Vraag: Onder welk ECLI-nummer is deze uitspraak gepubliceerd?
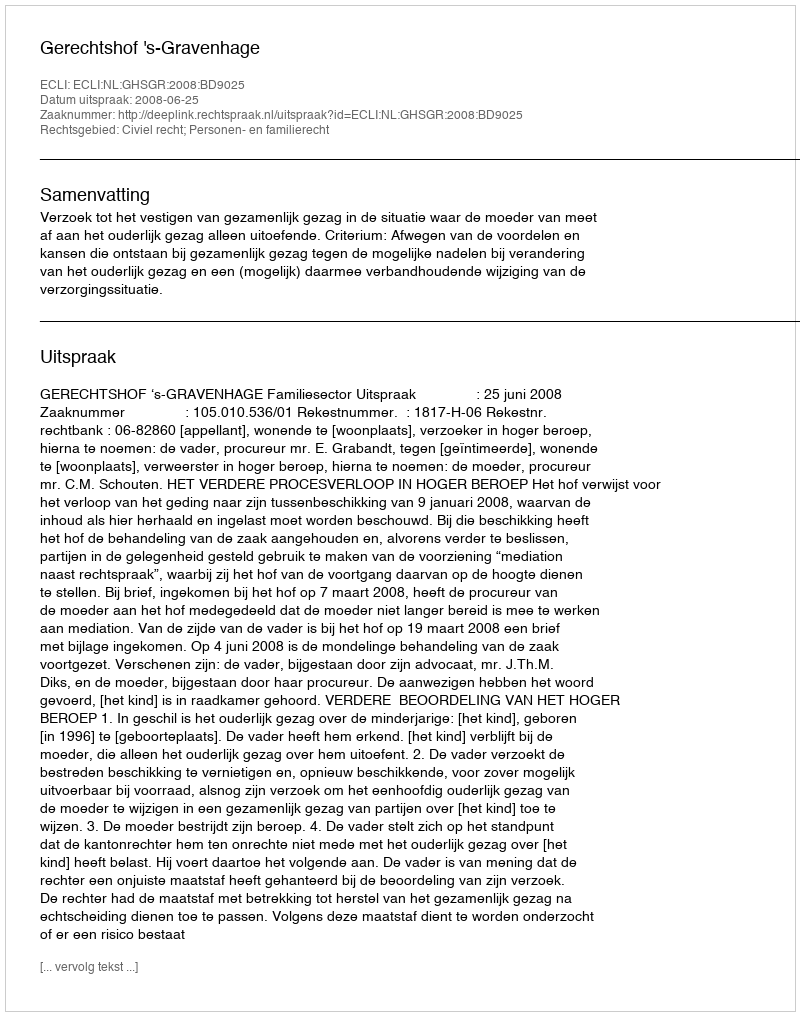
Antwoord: ECLI:NL:GHSGR:2008:BD9025